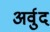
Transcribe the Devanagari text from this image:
अर्वुद